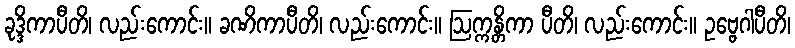
ခုဒ္ဒိကာပီတိ၊ လည်းကောင်း။ ခဏိကာပီတိ၊ လည်းကောင်း။ ဩက္ကန္တိကာ ပီတိ၊ လည်းကောင်း။ ဥဗ္ဗေဂါပီတိ၊